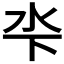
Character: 𣲉